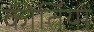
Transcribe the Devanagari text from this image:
कीर्तियों